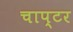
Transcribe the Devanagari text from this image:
चाप्टर